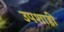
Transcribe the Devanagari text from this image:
उपशाही